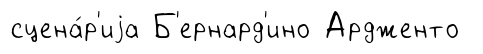
сцена́р'иjа Б'ернард'ино Ардженто